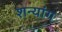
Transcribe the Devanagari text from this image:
शन्यांग